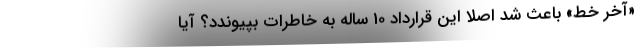
«آخر خط» باعث شد اصلا این قرارداد 10 ساله به خاطرات بپیوندد؟ آیا